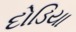
દોડિયા